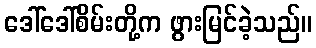
ဒေါ်ဒေါ်စိမ်းတို့က ဖွားမြင်ခဲ့သည်။